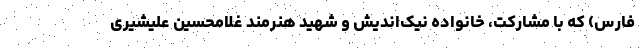
فارس) که با مشارکت، خانواده نیک‌اندیش و شهید هنرمند غلامحسین علیشیری